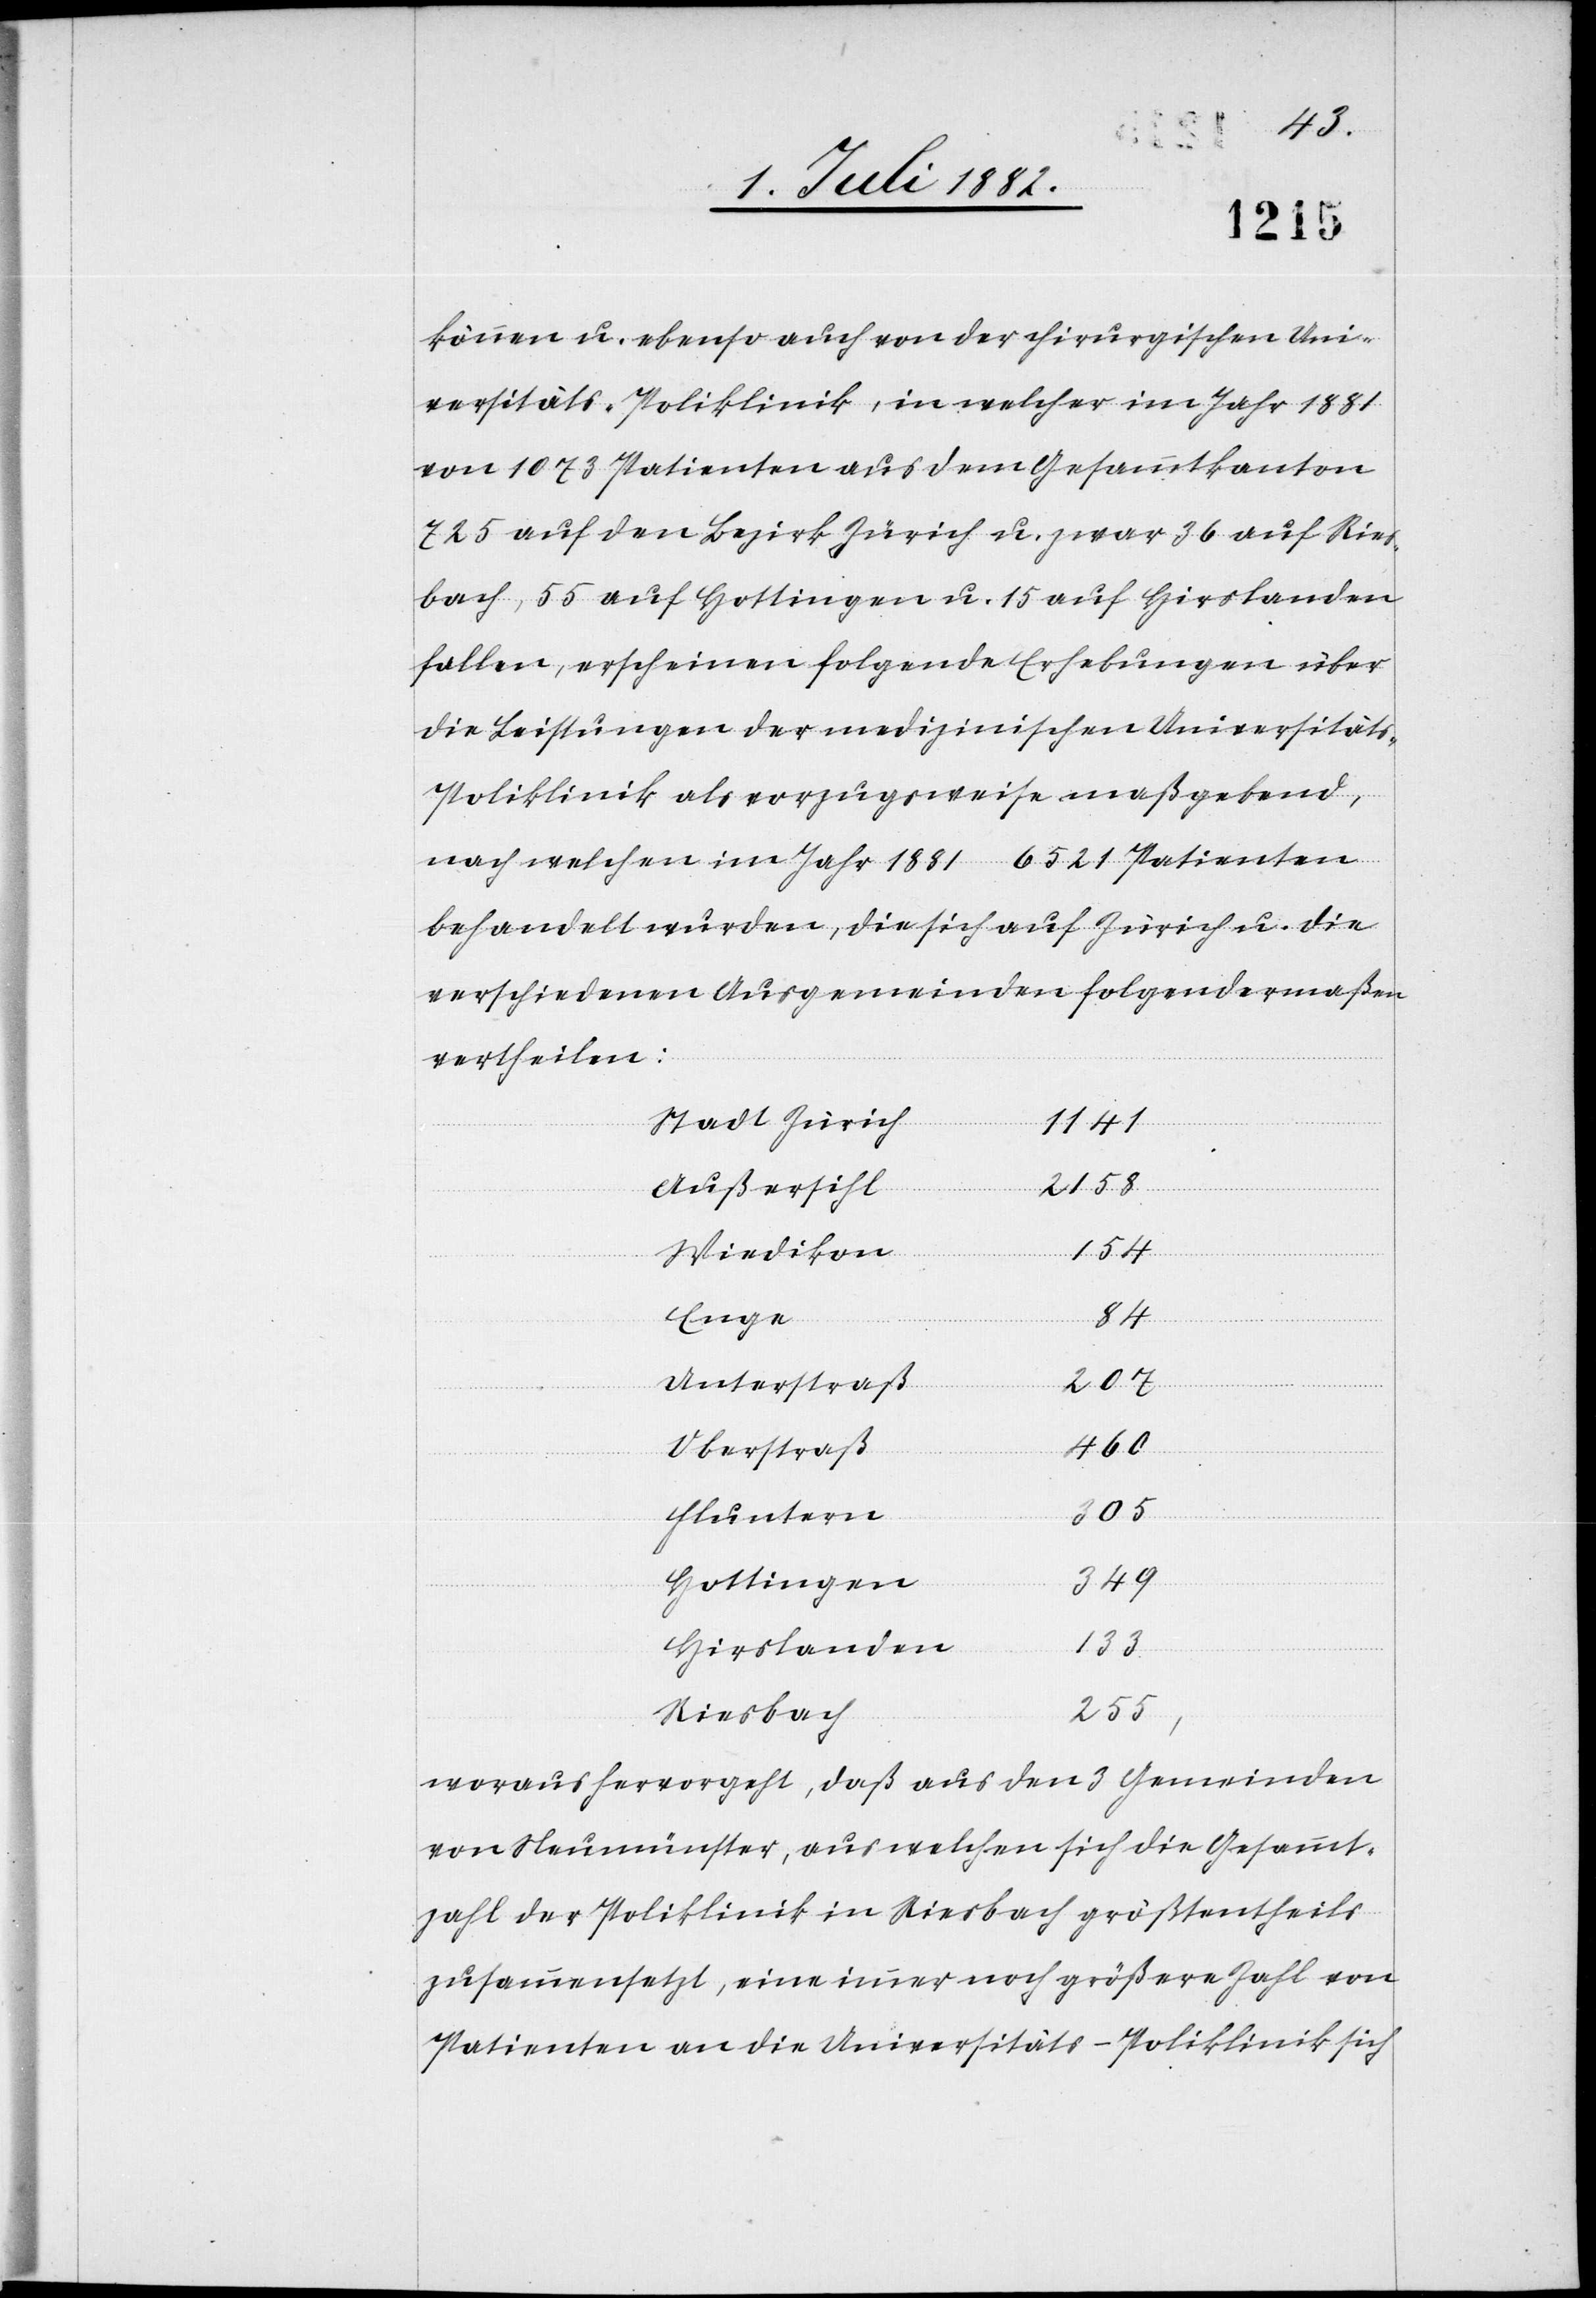
können u. ebenso auch von der chirurgischen Uni¬
versitäts-Poliklinik, in welcher im Jahr 1881
von 1073 Patienten aus dem Gesammtkanton
725 auf den Bezirk Zürich u. zwar 36 auf Ries¬
bach, 55 auf Hottingen u. 15 auf Hirslanden
fallen, erscheinen folgende Erhebungen über
die Leistungen der medizinischen Universitäts-P¬
oliklinik als vorzugsweise maßgebend,
nach welchen im Jahr 1881 6521 Patienten
behandelt wurden, die sich auf Zürich u. die
verschiedenen Ausgemeinden folgendermaßen
vertheilen:
Stadt Zürich
1141
2158
Außersihl
154
Wiedikon
Enge
Unterstraß
207
Oberstraß
460
305
Fluntern
349
Hottingen
Hirslanden
133
255,
Riesbach
woraus hervorgeht, daß aus den 3 Gemeinden
von Neumünster, aus welchen sich die Gesammt¬
zahl der Poliklinik in Riesbach größtentheils
zusammensetzt, eine immer noch größere Zahl von
Patienten an die Universitäts-Poliklinik sich